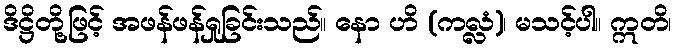
ဒိဋ္ဌိတို့ဖြင့် အဖန်ဖန်ရှုခြင်းသည်။ နော ဟိ (ကလ္လံ)၊ မသင့်ပါ။ ဣတိ၊